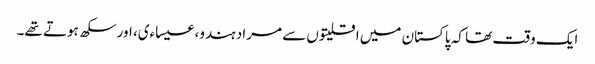
ایک وقت تھا کہ پاکستان میں اقلیتوں سے مراد ہندو، عیساءی، اورسکھ ہوتے تھے۔